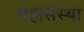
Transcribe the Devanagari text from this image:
महासंस्था